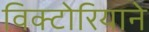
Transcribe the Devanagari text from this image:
विक्टोरियाने